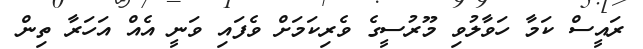
ރައީސް ކަމާ ހަވާލުވި މޫރުސީގެ ވެރިކަމަށް ވެފައި ވަނީ އެއް އަހަރާ ތިން